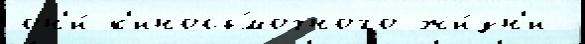
он'и́ к'иносъ́мочного жи́зн'и